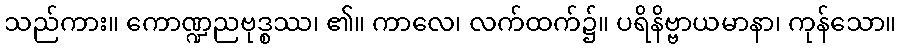
သည်ကား။ ကောဏ္ဍညဗုဒ္စဿ၊ ၏။ ကာလေ၊ လက်ထက်၌။ ပရိနိဗ္ဗာယမာနာ၊ ကုန်သော။